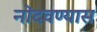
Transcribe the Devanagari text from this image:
नोंदवण्यास